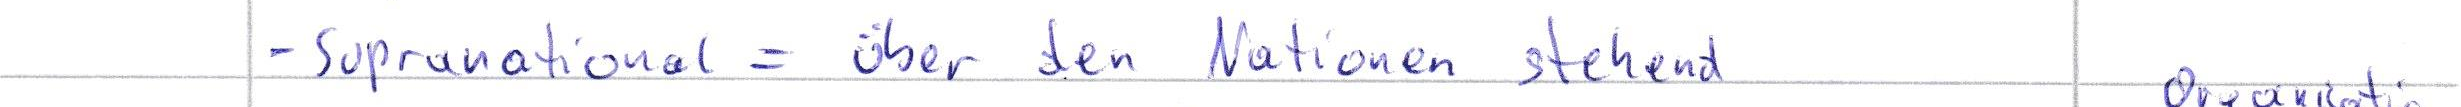
- Supranational = über den Nationen stehend